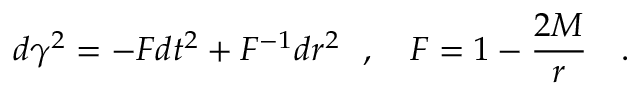
d \gamma ^ { 2 } = - F d t ^ { 2 } + F ^ { - 1 } d r ^ { 2 } ~ ~ , ~ ~ ~ F = 1 - { \frac { 2 M } { r } } ~ ~ ~ .